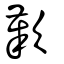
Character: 歎